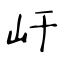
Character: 屽